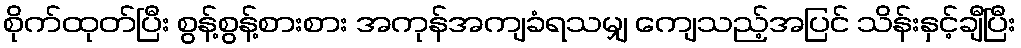
စိုက်ထုတ်ပြီး စွန့်စွန့်စားစား အကုန်အကျခံရသမျှ ကျေသည့်အပြင် သိန်းနှင့်ချီပြီး